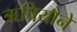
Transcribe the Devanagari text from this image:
ऋषियौने